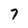
Character: 7